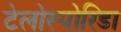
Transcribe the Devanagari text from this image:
टेलोस्पोरिडा